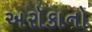
અરૉકાનો